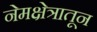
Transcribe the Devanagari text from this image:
नेमक्षेत्रातून